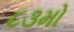
૮૩મો